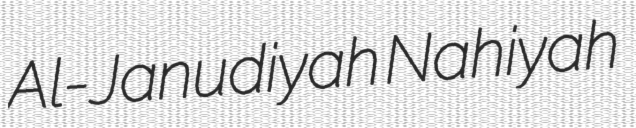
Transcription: Al-Janudiyah Nahiyah